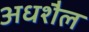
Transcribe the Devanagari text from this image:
अधशैल